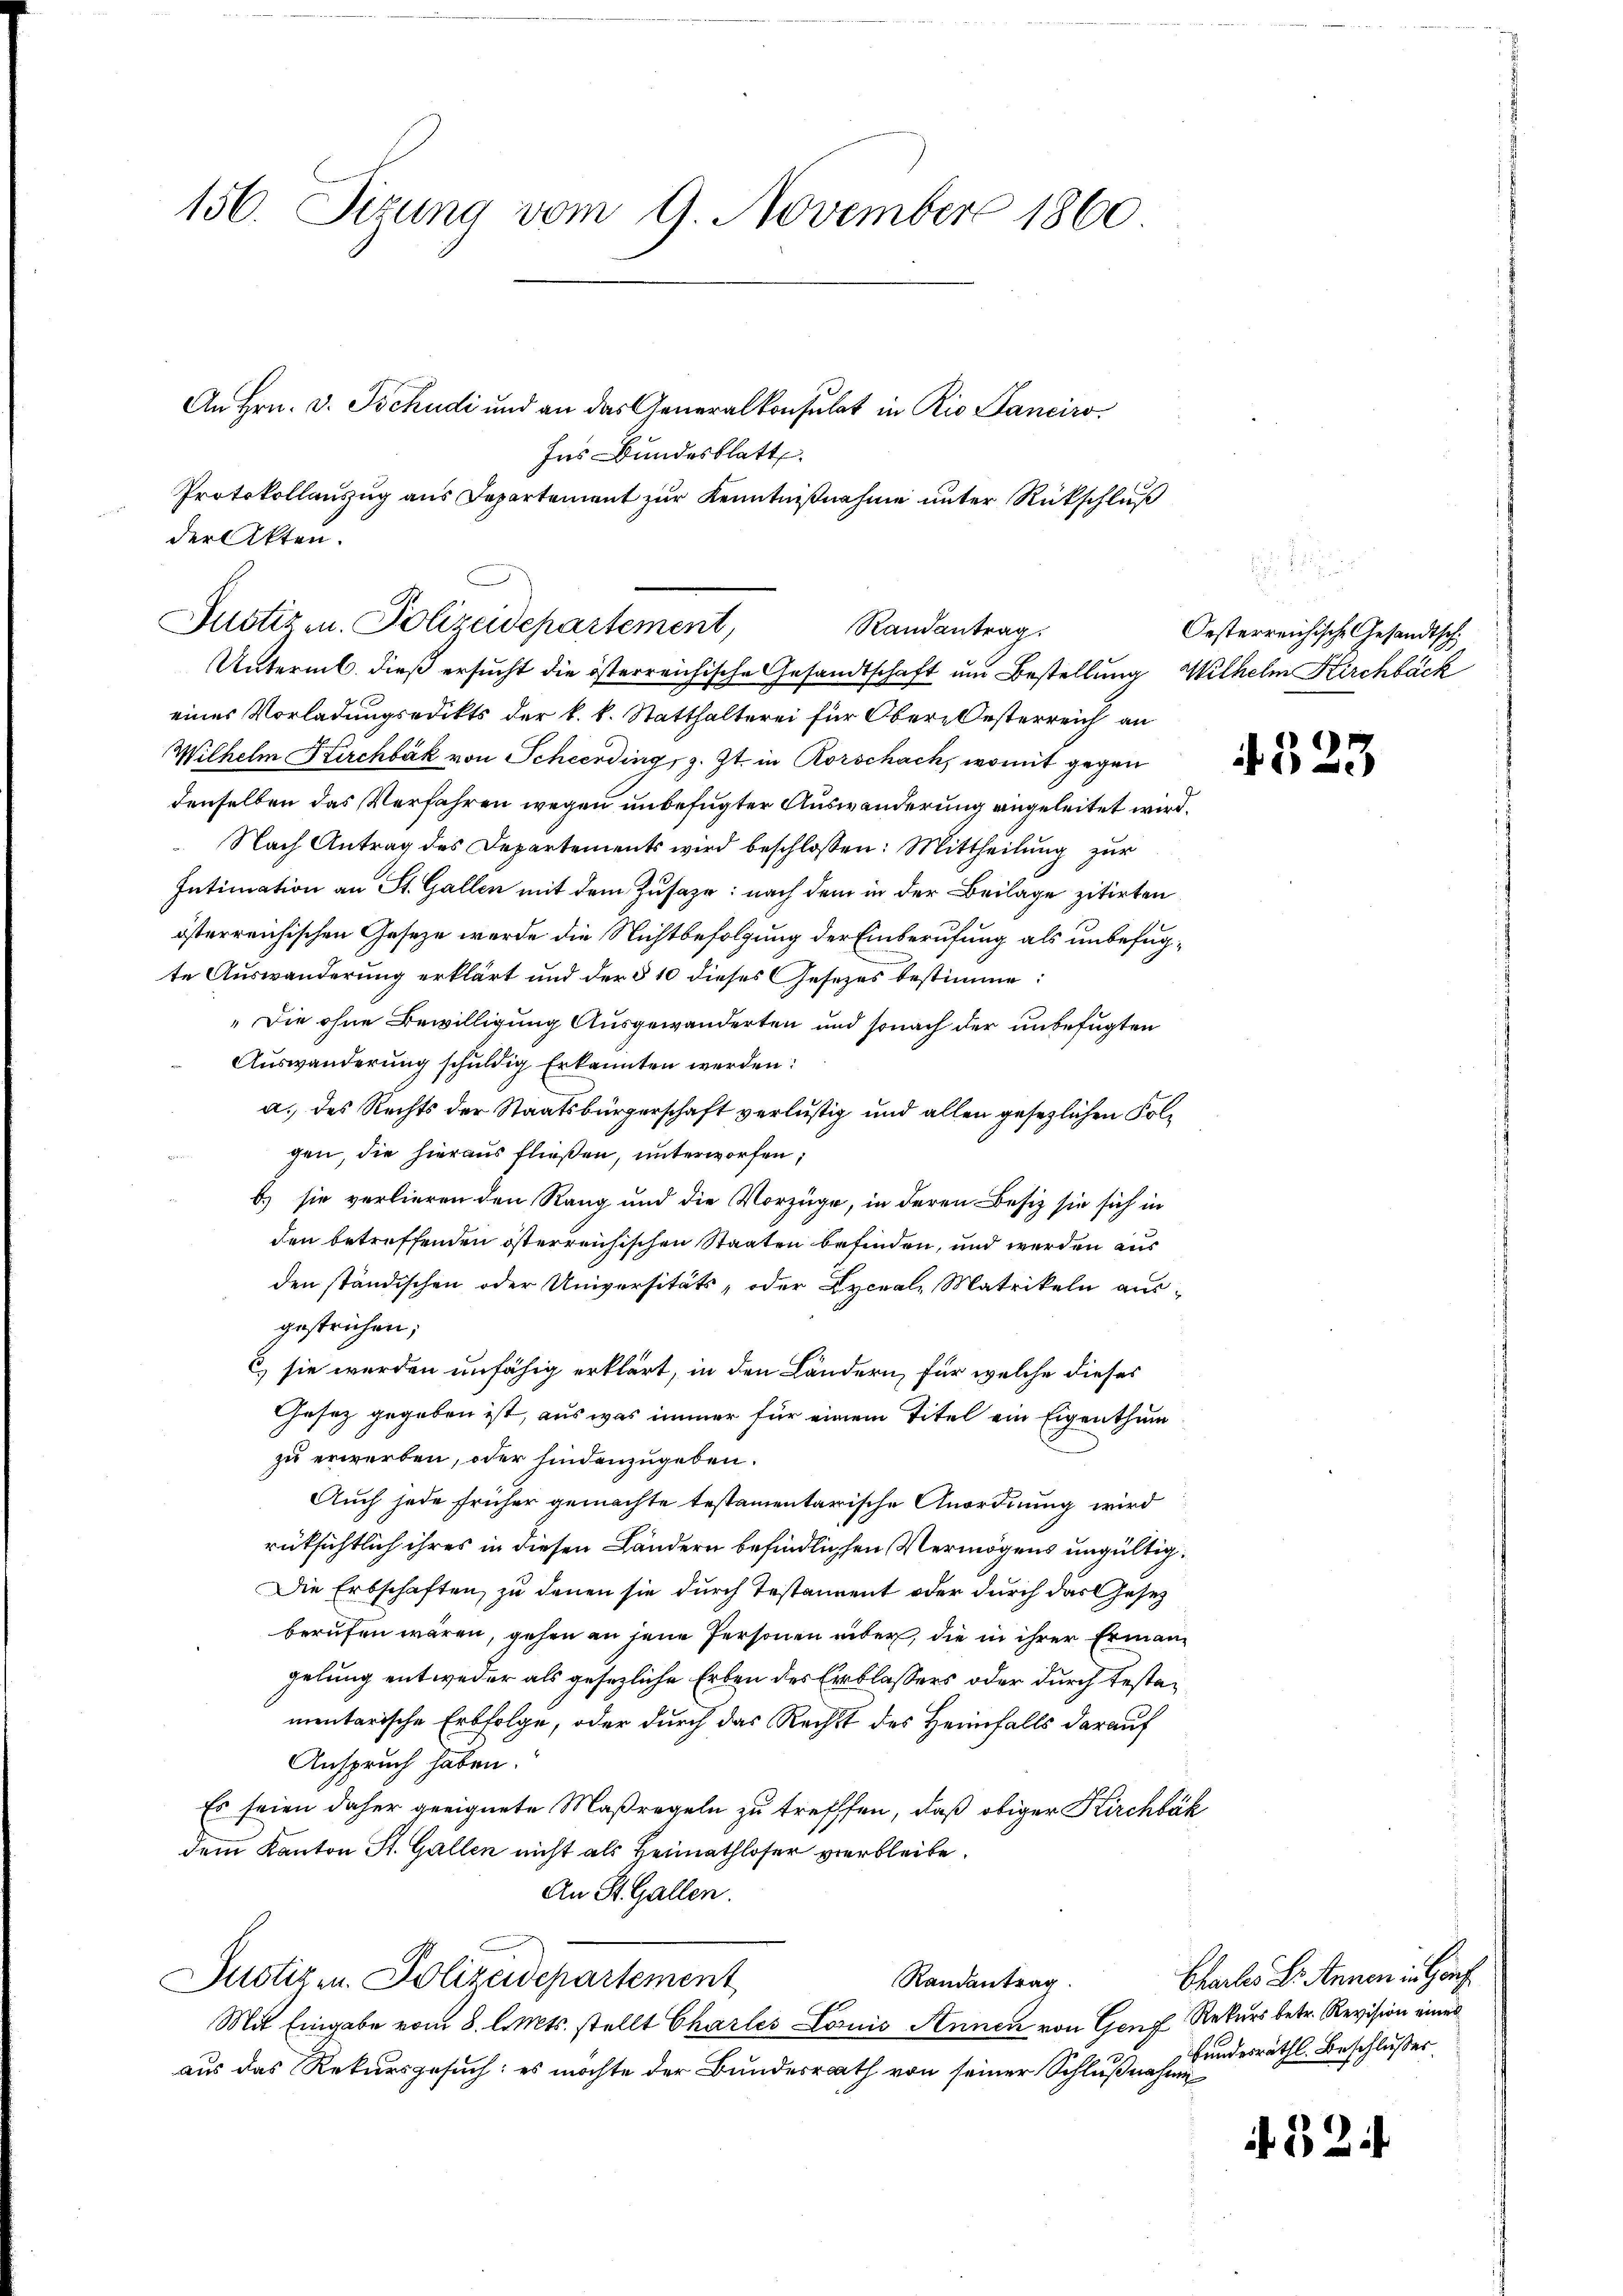
156. Sizung vom 9. November 1860

An Hrn. v. Tschudi und an das Generalkonsulat in Rio Sanciro
Ins Bundesblatt.
Protokollauszug aus Departement zur Kenntnißnahme unter Rückschluß
der Akten.
Justiz- u. Polizeidepartement,
eines Vorladungsedikts der k. k. Statthalterei für Ober-Oesterreich an
Wilhelm Kirchbák von Scheerding, z. Zt. in Rorschach, womit gegen
denselben das Verfahren wegen unbefugter Auswanderung eingeleitet wird.
 Nach Antrag des Departements wird beschlossen: Mittheilung zur
Intimation an St. Gallen mit dem Zusage: nach dem in der Beilage zitirten
österreichischen Geseze werde die Nichtbefolgung der Einberufung als unbefugte Auswanderung erklärt und der § 10 dieses Gesetzes bestimme:
„Die ohne Bewilligung Ausgewanderten und sonach der unbefugten
Auswanderung schuldig Erkannten werden:
a. des Rechts der Staatsbürgerschaft verlustig und allen gesezlichen Folgen, die hieraus fließen, unterworfen;
b) sie verlieren den Rang und die Vorzüge, in deren Besiz sie sich in
den betreffenden österreichischen Staaten befinden, und werden aus
den ständischen oder Universitäts, oder Lyceale Matrikeln ausgestrichen;
E sie werden unfähig erklärt, in den Ländern, für welche dieses
Gesetz gegeben ist, aus was immer für einem Titel ein Eigenthum
zu erwerben, oder findenzugeben.
Auch jede früher gemachte testamentarische Anordnung wird
rüksichtlich ihres in diesen Ländern befindlichen Vermögens ungültig¬
Die Erbschaften, zu denen sie durch Testament oder durch das Gesetz
berufen wären, gehen an jene Personen über, die in ihrer Ermangelung entweder als gesezliche Erben des Erblassers oder durch Testamentarische Erbfolge, oder durch das Rechst des Heimfalls darauf
Anspruch haben.
Es seien daher geeignete Maßregeln zu treffen, daß obiger Kirchbüh
dem Kanton St. Gallen nicht als Heimathloser verbleibe.
An St. Gallen.
Justizen. Polizeidepartement
Randantrag
Mit Eingabe vom 8. d. Mts. stellt Charles Louis Annen von Gang Rekurs betr. Revision eines
aus das Rekursgesuch: es möchte der Bundesrath von seiner Schlußnahme

Randantrag.
Untermb. dieß ersucht die österreichische Gesandtschaft und Bestellung Wilhelm Kirchbäck

d

Oesterreichische Gesandtschi

523

Chartes H. Annen in Genf
Bundesräthl. Beschlusses.

52